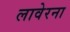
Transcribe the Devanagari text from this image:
लावेरना